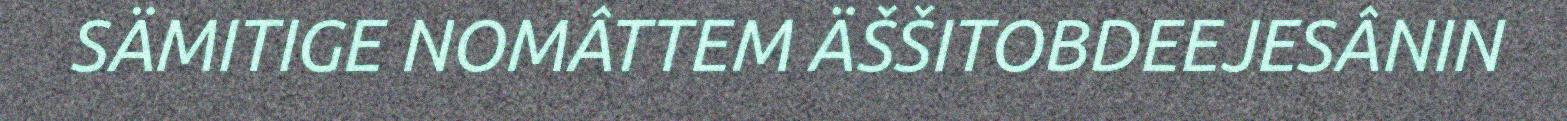
SÄMITIGE NOMÂTTEM ÄŠŠITOBDEEJESÂNIN